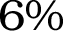
6 \%